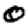
Digit: 0